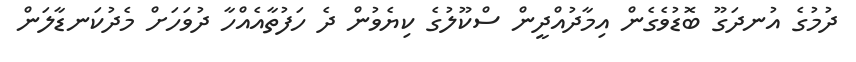
ދުމުގެ އުނދަގޫ ބޮޑުވެގެން އިމާދުއްދީން ސްކޫލުގެ ކިޔެވުން ދެ ހަފުތާއެއްހާ ދުވަހަށް މެދުކަނޑާލަން